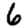
Digit: 6